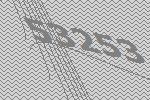
53253